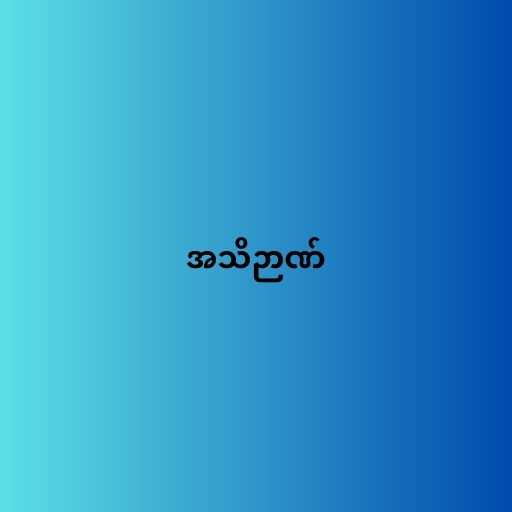
အသိဉာဏ်